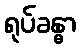
ရုပ်ခန္ဓာ